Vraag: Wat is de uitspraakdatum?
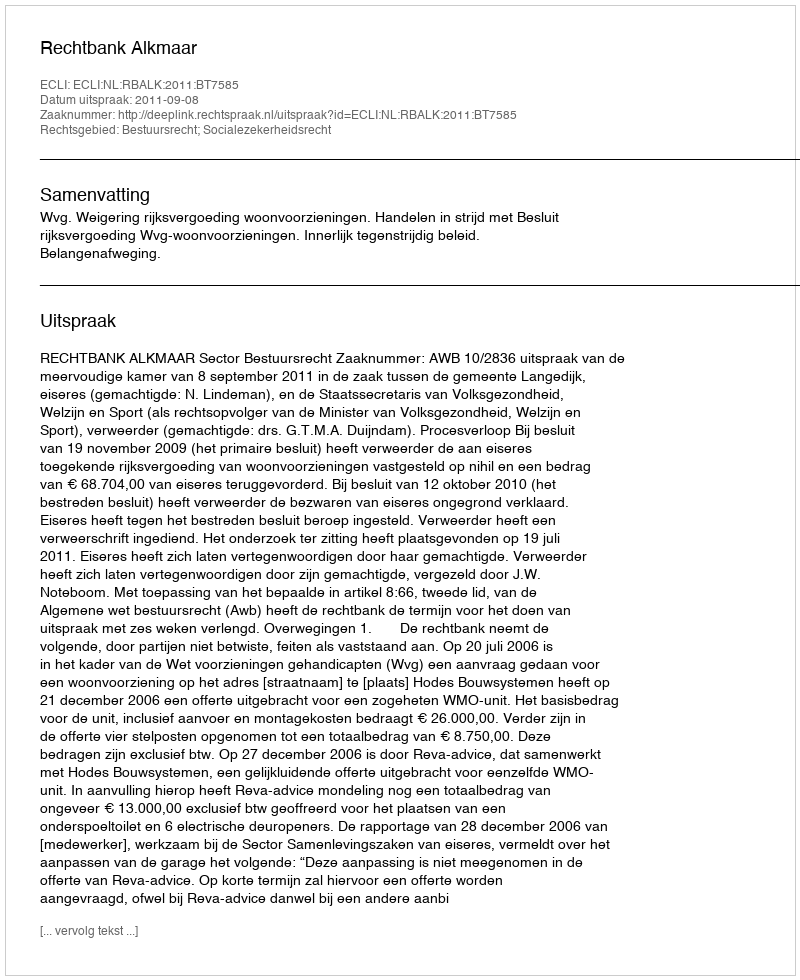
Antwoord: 2011-09-08